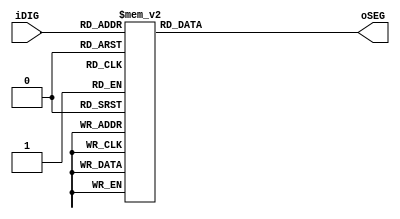
module SEG7_LUT (oSEG,iDIG);
input [3:0] iDIG;
output [6:0] oSEG;
reg [6:0] oSEG;
always @ (*)
begin
    case (iDIG)
        4'h0: oSEG = 7'b1000000;
        4'h1: oSEG = 7'b1111001;
        4'h2: oSEG = 7'b0100100;
        4'h3: oSEG = 7'b0110000;
        4'h4: oSEG = 7'b0011001;
        4'h5: oSEG = 7'b0010010;
        4'h6: oSEG = 7'b0000010;
        4'h7: oSEG = 7'b1111000;
        4'h8: oSEG = 7'b0000000;
        4'h9: oSEG = 7'b0011000;
        4'ha: oSEG = 7'b0001000;
        4'hb: oSEG = 7'b0000011;
        4'hc: oSEG = 7'b1000110;
        4'hd: oSEG = 7'b0100001;
        4'he: oSEG = 7'b0000110;
        4'hf: oSEG = 7'b0001110; 
        default: oSEG = 7'b1000000;
    endcase
end
    
endmodule